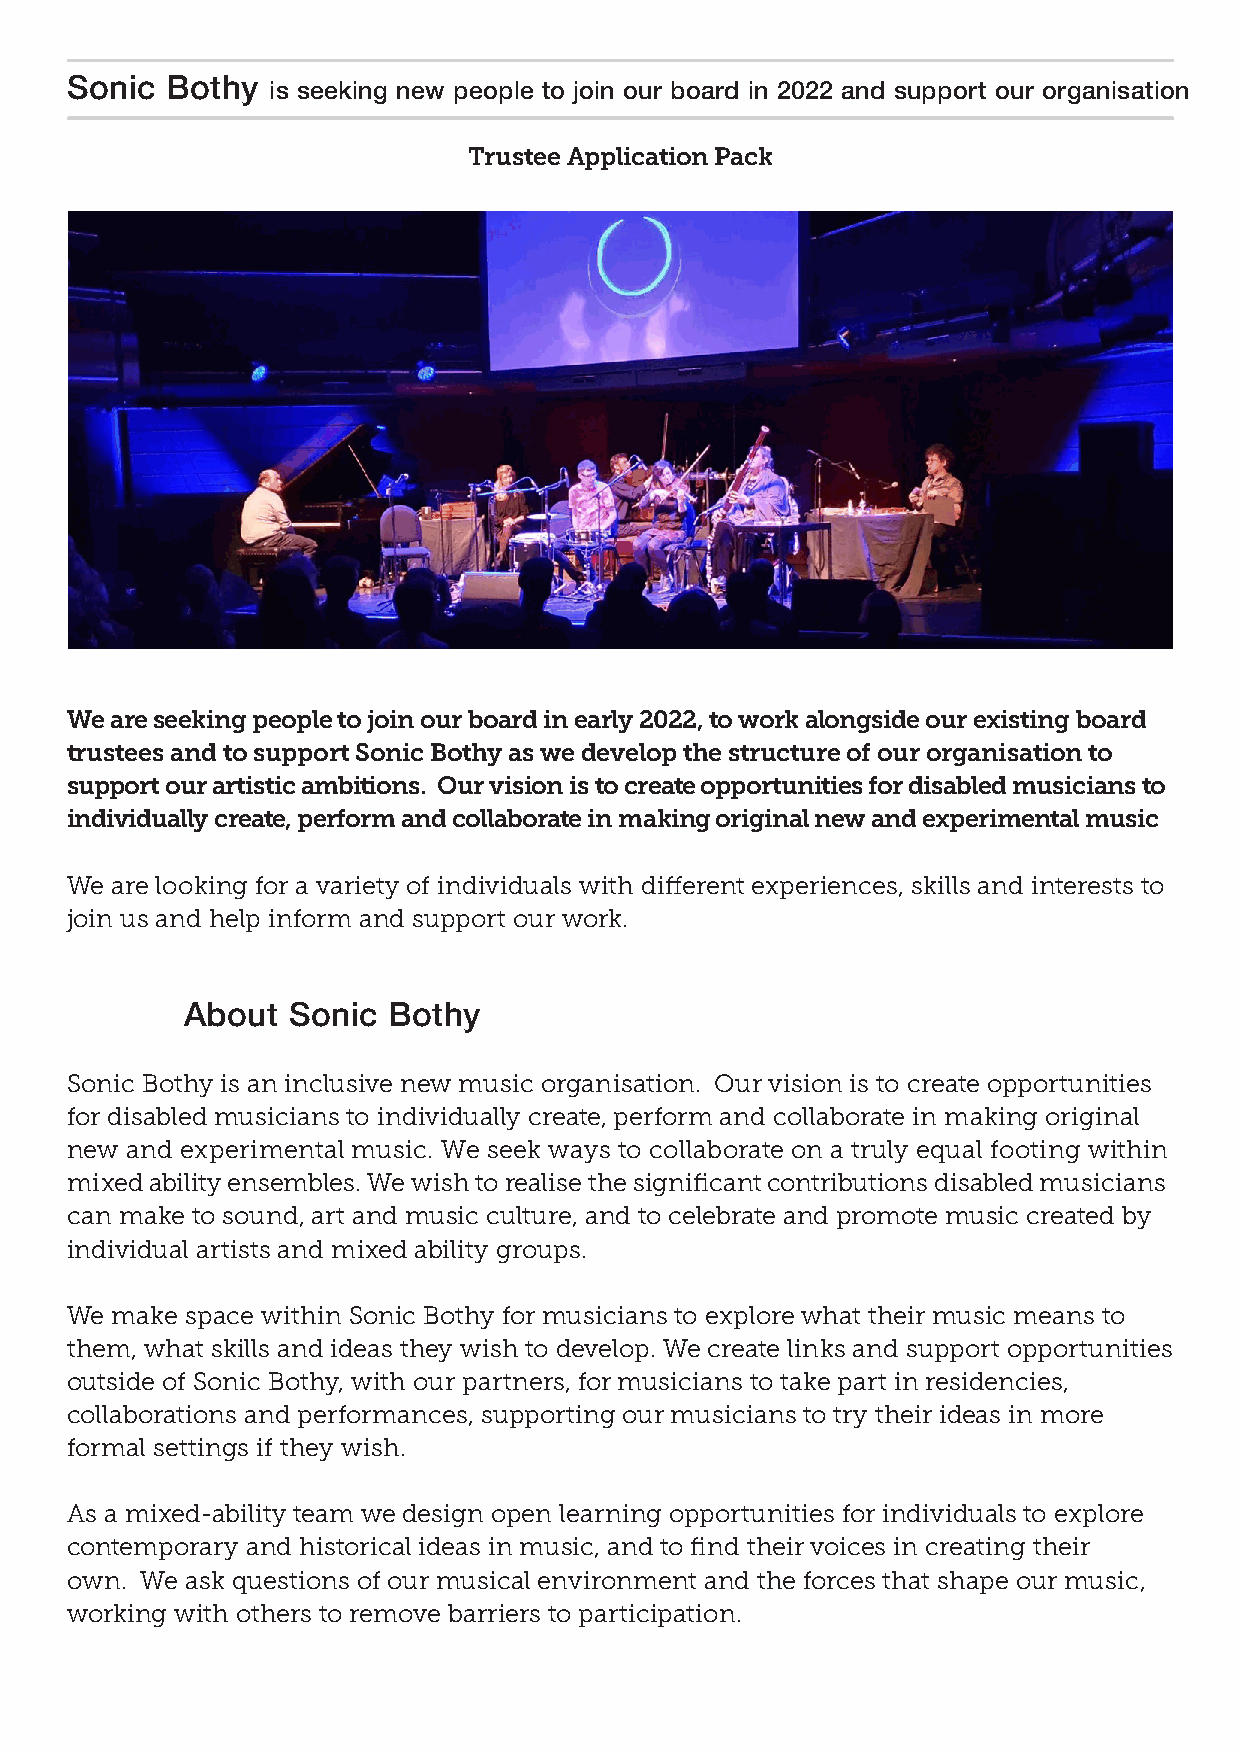
Sonic  Bothy  is seeking new people to join our board in 2022 and support our organisation
 Trustee Application Pack
 We are seeking people to join our board in early 2022, to work alongside our existing board
 trustees and to support Sonic Bothy as we develop the structure of our organisation to
 support our artistic ambitions. Our vision is to create opportunities for disabled musicians to
 individually create, perform and collaborate in making original new and experimental music
 We are looking for a variety of individuals with different experiences, skills and interests to
 join us and help inform and support our work.
 About  Sonic  Bothy
 Sonic Bothy is an inclusive new music organisation. Our vision is to create opportunities
 for disabled musicians to individually create, perform and collaborate in making original
 new and experimental music. We seek ways to collaborate on a truly equal footing within
 mixed ability ensembles. We wish to realise the significant contributions disabled musicians
 can make to sound, art and music culture, and to celebrate and promote music created by
 individual artists and mixed ability groups.
 We make space within Sonic Bothy for musicians to explore what their music means to
 them, what skills and ideas they wish to develop. We create links and support opportunities
 outside of Sonic Bothy, with our partners, for musicians to take part in residencies,
 collaborations and performances, supporting our musicians to try their ideas in more
 formal settings if they wish.
 As a mixed-ability team we design open learning opportunities for individuals to explore
 contemporary and historical ideas in music, and to find their voices in creating their
 own. We ask questions of our musical environment and the forces that shape our music,
 working with others to remove barriers to participation.